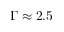
\Gamma \approx 2 . 5